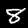
Label: 8